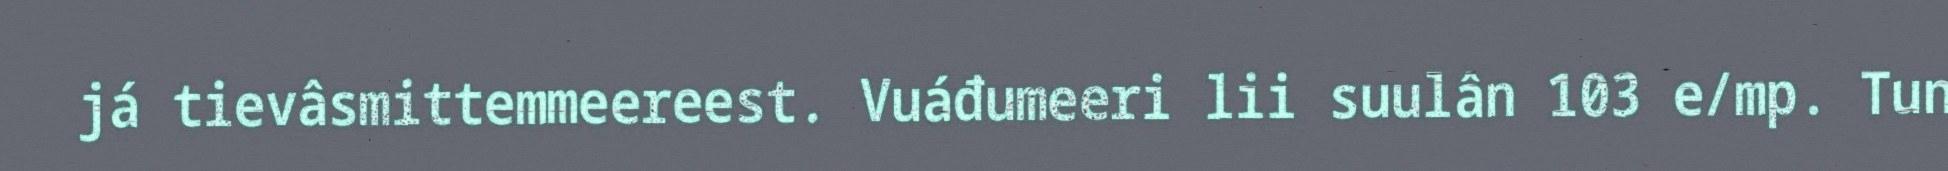
já tievâsmittemmeereest. Vuáđumeeri lii suulân 103 e/mp. Tun